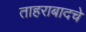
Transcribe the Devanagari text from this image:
ताहराबादचे